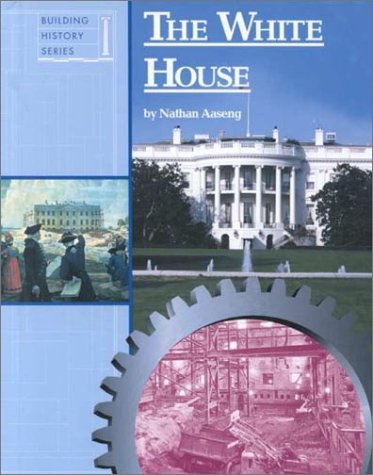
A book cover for White House (Building History Series); Nathan Aaseng; Teen & Young Adult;